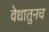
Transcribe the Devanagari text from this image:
वेधातुनच